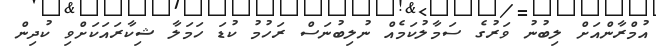
އުމްރާންއަށް ލިބުނު ވަރުގެ ސަމާލުކަމެއް ނުލިބުނަސް ރަހުމު ކުޑަ ހަމަލާ ޝިކާރައަކަށްވި ކުދިން